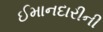
ઈમાનદારીની